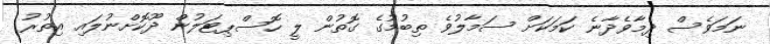
ނަމަވެސް ދިމާވެދާނެ ކަމަކަށް ސަމާލުވެ ތިބުމުގެ ގޮތުން ލީ ހޮސްޕިޓަލުން ދޫކޮށްނުލައި އިތުރު